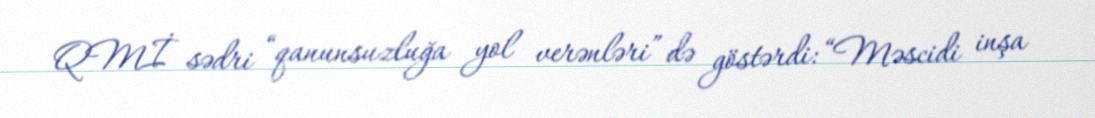
QMİ sədri “qanunsuzluğa yol verənləri” də göstərdi: “Məscidi inşa